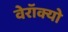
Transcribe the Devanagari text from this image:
वेरॉक्यो